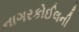
નાગરકોઈલની